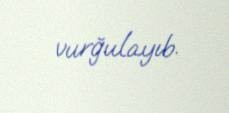
vurğulayıb.